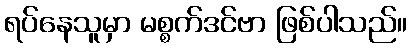
ရပ်နေသူမှာ မစ္စက်ဒင်ဗာ ဖြစ်ပါသည်။